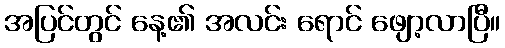
အပြင်တွင် နေ့၏ အလင်း ရောင် ဖျော့လာပြီ။